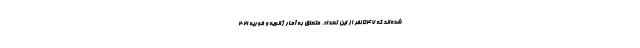
شده‌اند که ۵۴۷ نفر از این تعداد، متعلق به آمار ژانویه و فوریه ۲۰۲۱